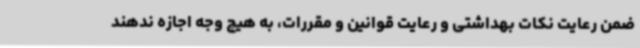
ضمن رعایت نکات بهداشتی و رعایت قوانین و مقررات، به هیچ وجه اجازه ندهند